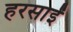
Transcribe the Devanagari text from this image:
हरसाईं